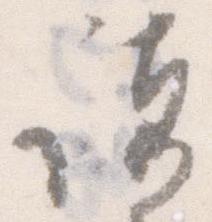
諸